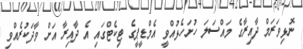
ނޮޅިވަރަމް ދާއިރާގެ މައްސަލަ ހުށަހެޅުއްވީ އެމްޑީޕީގެ ޓިކެޓްގައި އެ ދާއިރާ އަށް ވާދަކުރެއްވި